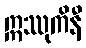
ဣဿုကိနီ